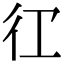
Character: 𭛝